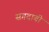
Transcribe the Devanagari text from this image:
सगदाबी